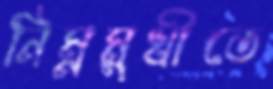
নিম্নমুখীতে